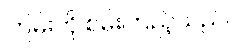
ကြမ်းကို စမ်းကြည့်သည်။